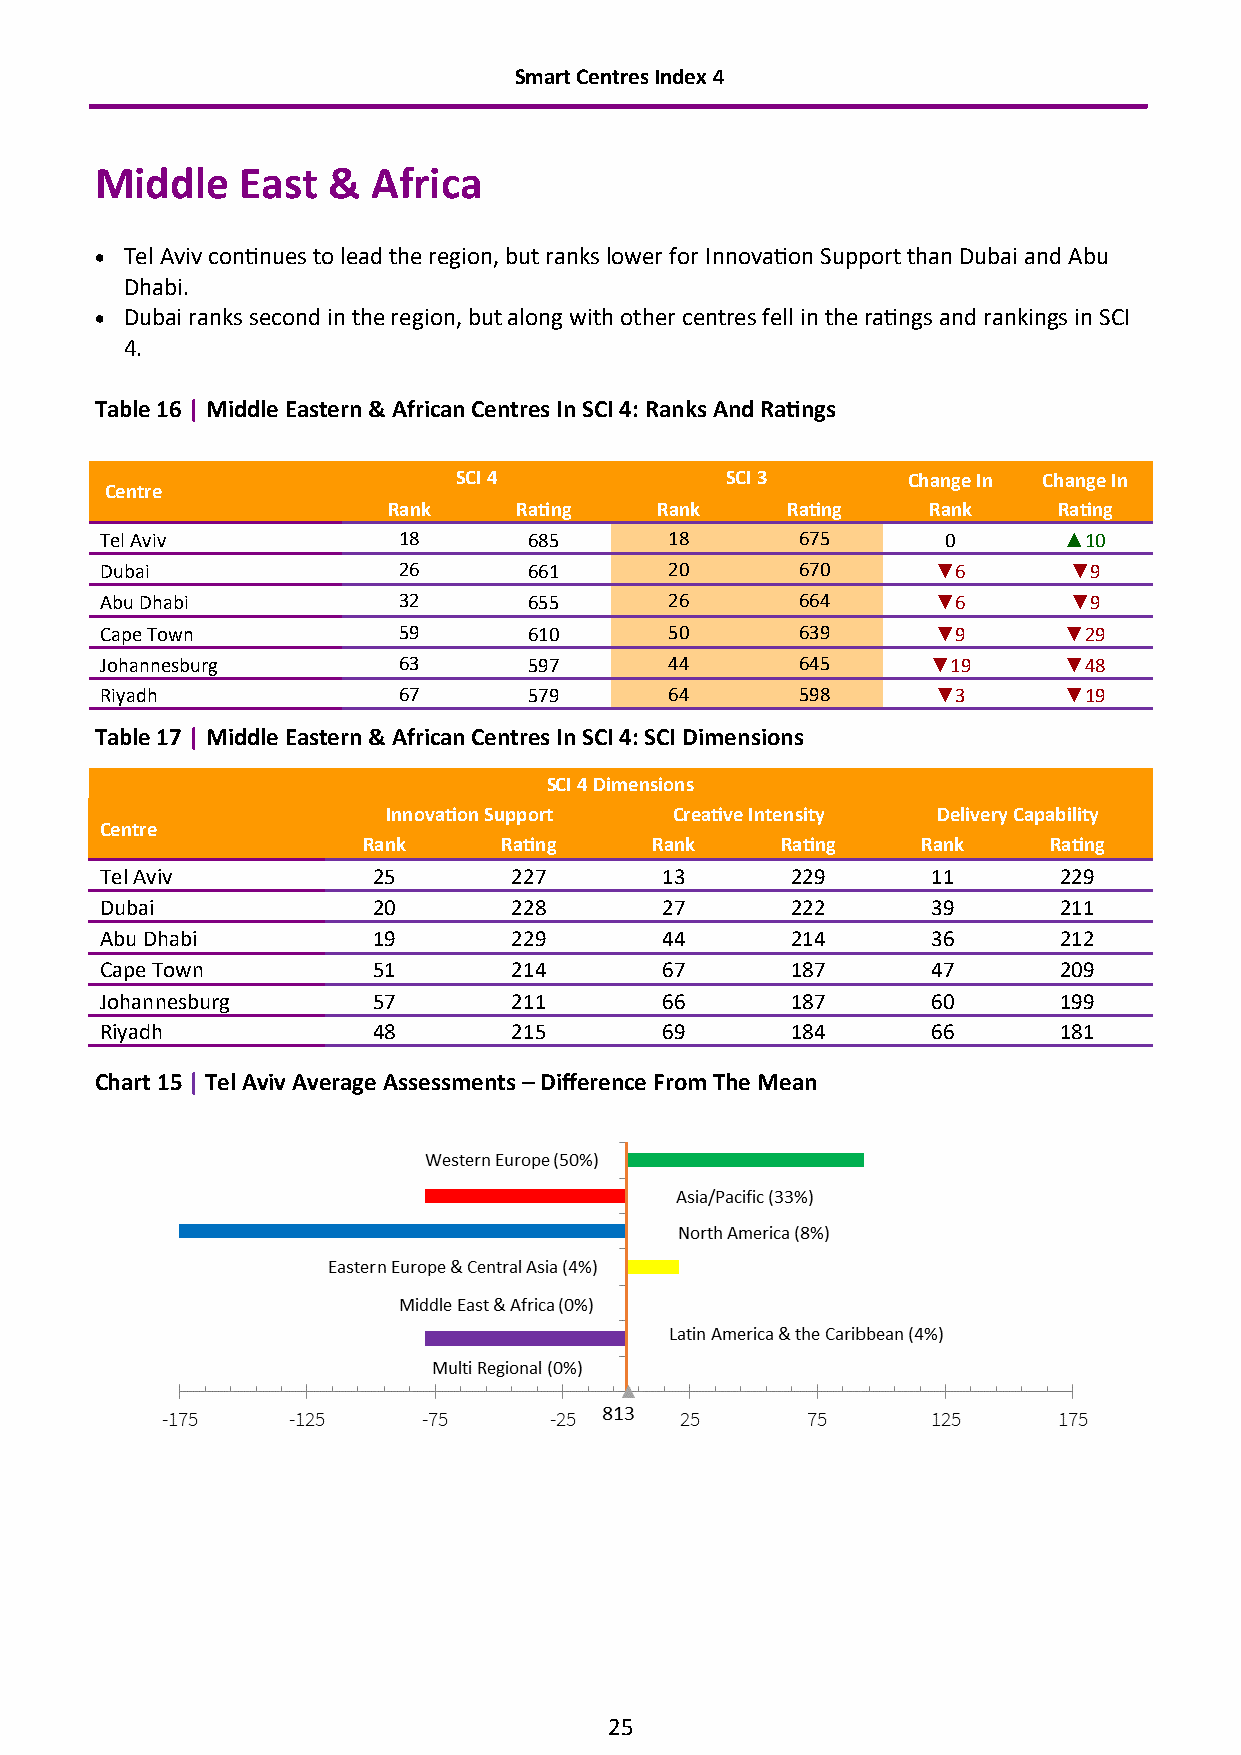
Smart Centres Index 4
 Middle    East  &  Africa
 • Tel Aviv continues to lead the region, but ranks lower for Innovation Support than Dubai and Abu
 Dhabi.
 • Dubai ranks second in the region, but along with other centres fell in the ratings and rankings in SCI
 4.
 Table 16 | Middle Eastern & African Centres In SCI 4: Ranks And Ratings
 SCI 4             SCI 3       Change In Change In
 Centre
 Rank    Rating   Rank     Rating   Rank     Rating
 Tel Aviv           18       685      18       675       0      ▲10
 Dubai              26       661      20       670      ▼6       ▼9
 Abu Dhabi          32       655      26       664      ▼6       ▼9
 Cape Town          59       610      50       639      ▼9      ▼29
 Johannesburg       63       597      44       645      ▼19     ▼48
 Riyadh             67       579      64       598      ▼3      ▼19
 Table 17 | Middle Eastern & African Centres In SCI 4: SCI Dimensions
 SCI 4 Dimensions
 Innovation Support Creative Intensity Delivery Capability
 Centre
 Rank     Rating    Rank     Rating   Rank    Rating
 Tel Aviv          25       227       13      229       11      229
 Dubai             20       228       27      222       39      211
 Abu Dhabi         19       229       44      214       36      212
 Cape Town         51       214       67      187       47      209
 Johannesburg      57       211       66      187       60      199
 Riyadh            48       215       69      184       66      181
 Chart 15 | Tel Aviv Average Assessments – Difference From The Mean
 25